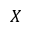
X